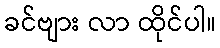
ခင်ဗျား လာ ထိုင်ပါ။